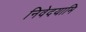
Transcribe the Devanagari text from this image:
निवेदयामि